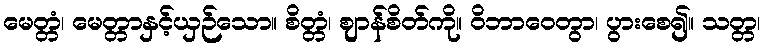
မေတ္တံ၊ မေတ္တာနှင့်ယှဉ်သော။ စိတ္တံ၊ ဈာန်စိတ်ကို။ ဝိဘာဝေတွာ၊ ပွားစေ၍။ သတ္တ၊